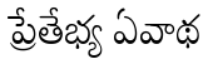
ప్రేతేభ్య ఏవాథ